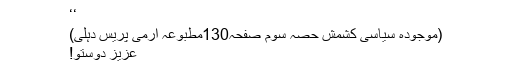
‘‘
(موجودہ سیاسی کشمش حصہ سوم صفحہ130مطبوعہ آرمی پریس دہلی)
عزیز دوستو!